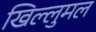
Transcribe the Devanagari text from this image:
खिल्लुमल